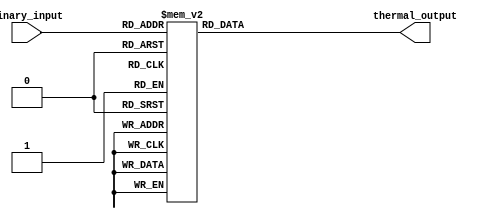
module thermal_encoder (
    input wire [2:0] binary_input,  // 3-bit binary input
    output reg [7:0] thermal_output  // 8-bit thermal output
);

// Combinational logic to generate the thermal output based on the binary input
always @(*) begin
    case (binary_input)
        3'b000: thermal_output = 8'b00000000; // 0
        3'b001: thermal_output = 8'b00000001; // 1
        3'b010: thermal_output = 8'b00000010; // 2
        3'b011: thermal_output = 8'b00000011; // 3
        3'b100: thermal_output = 8'b00000100; // 4
        3'b101: thermal_output = 8'b00000101; // 5
        3'b110: thermal_output = 8'b00000110; // 6
        3'b111: thermal_output = 8'b00000111; // 7
        default: thermal_output = 8'b00000000; // Default case
    endcase
end

endmodule